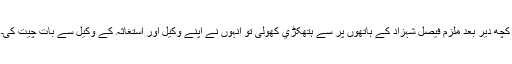
کچھ دیر بعد ملزم فیصل شہزاد کے ہاتھوں پر سے ہتھکڑي کھولی تو انہوں نے اپنے وکیل اور استغاثہ کے وکیل سے بات چیت کی۔